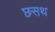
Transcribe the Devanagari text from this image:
छसथ